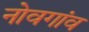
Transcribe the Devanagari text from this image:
नोवगांव